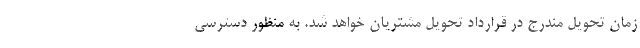
زمان تحویل مندرج در قرارداد تحویل مشتریان خواهد شد. به منظور دسترسی